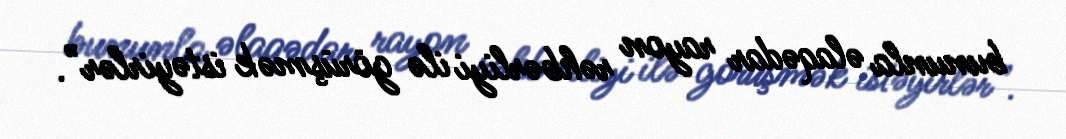
bununla əlaqədar rayon rəhbərliyi ilə görüşmək istəyirlər”.